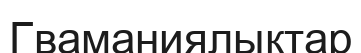
Гваманиялықтар